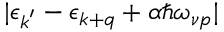
| \epsilon _ { \boldsymbol { k } ^ { \prime } } - \epsilon _ { \boldsymbol { k } + \boldsymbol { q } } + \alpha \hbar \omega _ { \nu \boldsymbol { p } } |